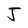
Character: J